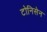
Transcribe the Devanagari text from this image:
टोनिसेन